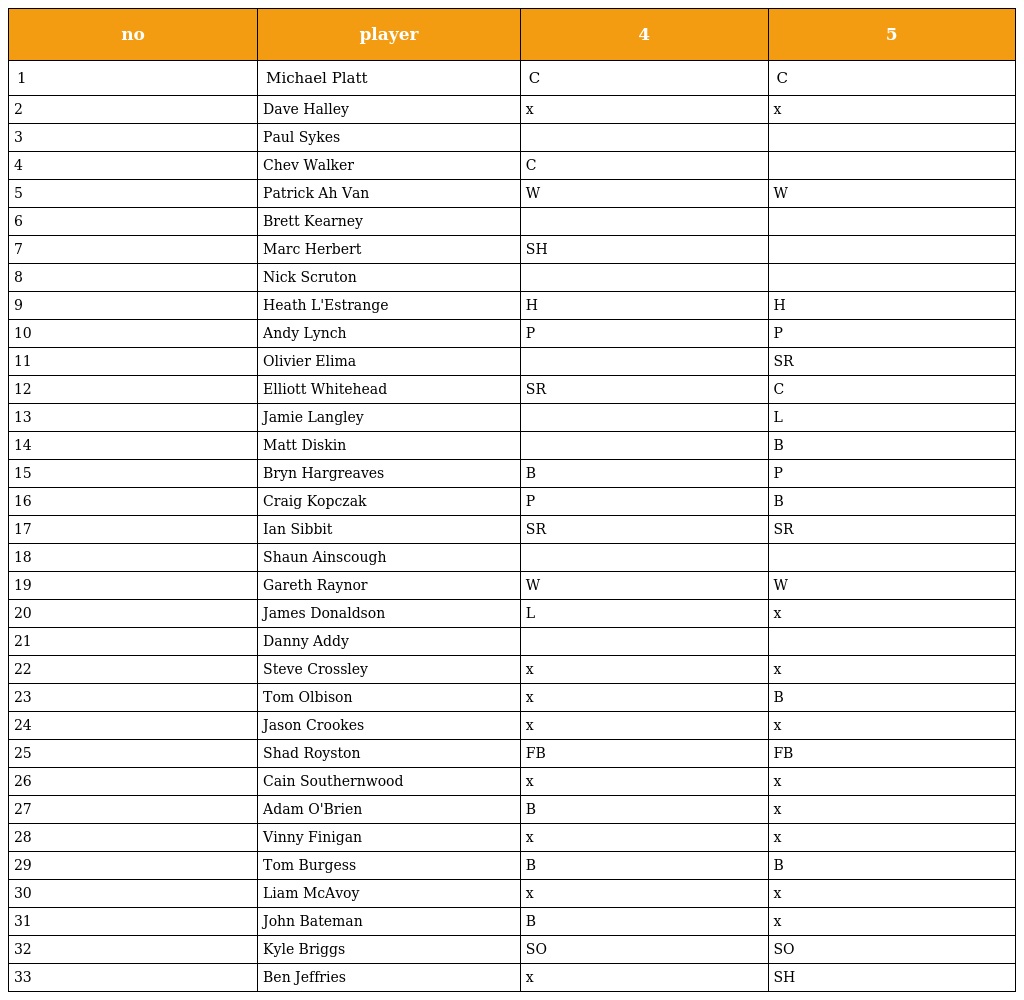
| no | player | 4 | 5 |
 | --- | --- | --- | --- |
 | 1 | Michael Platt | C | C |
 | 2 | Dave Halley | x | x |
 | 3 | Paul Sykes |  |  |
 | 4 | Chev Walker | C |  |
 | 5 | Patrick Ah Van | W | W |
 | 6 | Brett Kearney |  |  |
 | 7 | Marc Herbert | SH |  |
 | 8 | Nick Scruton |  |  |
 | 9 | Heath L'Estrange | H | H |
 | 10 | Andy Lynch | P | P |
 | 11 | Olivier Elima |  | SR |
 | 12 | Elliott Whitehead | SR | C |
 | 13 | Jamie Langley |  | L |
 | 14 | Matt Diskin |  | B |
 | 15 | Bryn Hargreaves | B | P |
 | 16 | Craig Kopczak | P | B |
 | 17 | Ian Sibbit | SR | SR |
 | 18 | Shaun Ainscough |  |  |
 | 19 | Gareth Raynor | W | W |
 | 20 | James Donaldson | L | x |
 | 21 | Danny Addy |  |  |
 | 22 | Steve Crossley | x | x |
 | 23 | Tom Olbison | x | B |
 | 24 | Jason Crookes | x | x |
 | 25 | Shad Royston | FB | FB |
 | 26 | Cain Southernwood | x | x |
 | 27 | Adam O'Brien | B | x |
 | 28 | Vinny Finigan | x | x |
 | 29 | Tom Burgess | B | B |
 | 30 | Liam McAvoy | x | x |
 | 31 | John Bateman | B | x |
 | 32 | Kyle Briggs | SO | SO |
 | 33 | Ben Jeffries | x | SH |